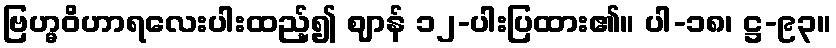
ဗြဟ္မဝိဟာရလေးပါးထည့်၍ ဈာန် ၁၂-ပါးပြထား၏။ ပါ-၁၈၊ ဋ္ဌ-၉၃။